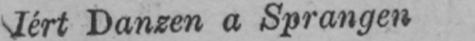
Iért Danzen a Sprangen